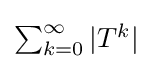
{\textstyle \sum _{k=0}^{\infty }|T^{k}|}